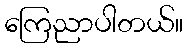
ကြေညာပါတယ်။